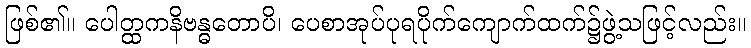
ဖြစ်၏။ ပေါတ္ထကနိဗန္ဓတောပိ၊ ပေစာအုပ်ပုရပိုက်ကျောက်ထက်၌ဖွဲ့သဖြင့်လည်း။